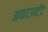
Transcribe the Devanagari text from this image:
अकाउन्टेंट